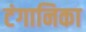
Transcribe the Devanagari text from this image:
टंगानिका